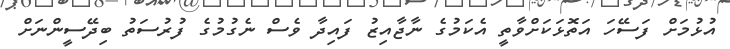
އުޅުމަށް ފަސޭހަ އަތޮޅަކަށްވާތީ އެކަމުގެ ނާޖާއިޒު ފައިދާ ވެސް ނެގުމުގެ ފުރުސަތު ބިދޭސީންނަށް